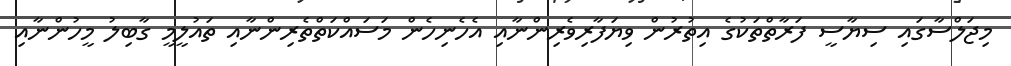
މިޖަލްސާގައި ސިޔާސީ ފަރާތްތަކުގެ އިތުރުން ވިޔަފާރިވެރިންނާއި އެހެނިހެން މަސައްކަތްތެރިންނާއި ތައުލީމީ ގާބިލު މީހުންނާއި